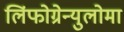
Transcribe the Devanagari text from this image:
लिंफोग्रेन्युलोमा